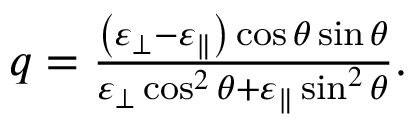
\begin{array} { r } { q = \frac { \left( \varepsilon _ { \perp } - \varepsilon _ { \parallel } \right) \cos \theta \sin \theta } { \varepsilon _ { \perp } \cos ^ { 2 } \theta + \varepsilon _ { \parallel } \sin ^ { 2 } \theta } . } \end{array}